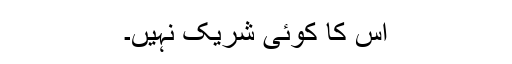
اس کا کوئی شریک نہیں۔